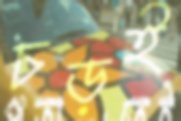
চড়ই